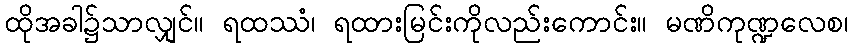
ထိုအခါ၌သာလျှင်။ ရထဿံ၊ ရထားမြင်းကိုလည်းကောင်း။ မဏိကုဏ္ဍလေစ၊